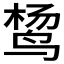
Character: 𱉴